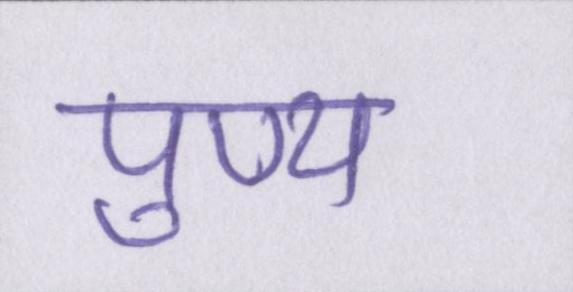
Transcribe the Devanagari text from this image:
पुण्य